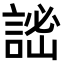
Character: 𧨨